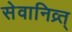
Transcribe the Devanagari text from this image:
सेवानिव्र्त्